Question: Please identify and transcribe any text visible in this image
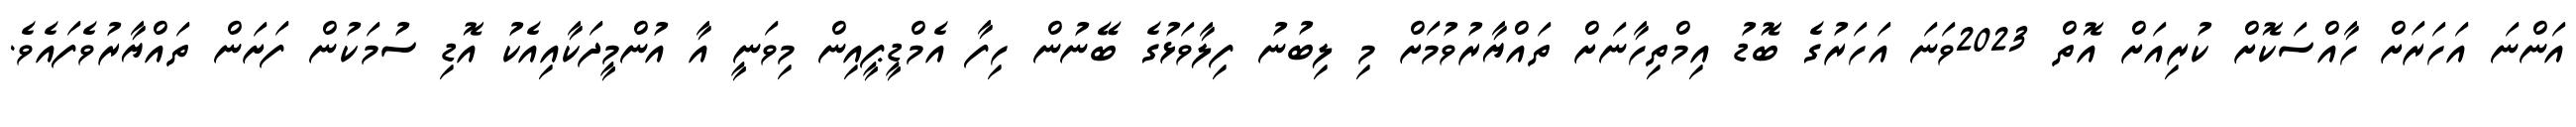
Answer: އަންނަ އަހަރަށް ހާއްސަކޮށް ކުރިއަށް އޮތް 2023ވަނަ އަހަރުގެ ބޮޑު އިމްތިހާނަށް ތައްޔާރުވުމަށް މި ލިބުނު ފިލާވަޅުގެ ބޭނުން ހިފާ އެމްޑީޕީއިން މިވަނީ އާ އުންމީދަކާއިއެކު އޮޑި ސުމަކުން ފަށަން ތައްޔާރުވެފައެވެ.